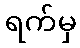
ရက်မှ